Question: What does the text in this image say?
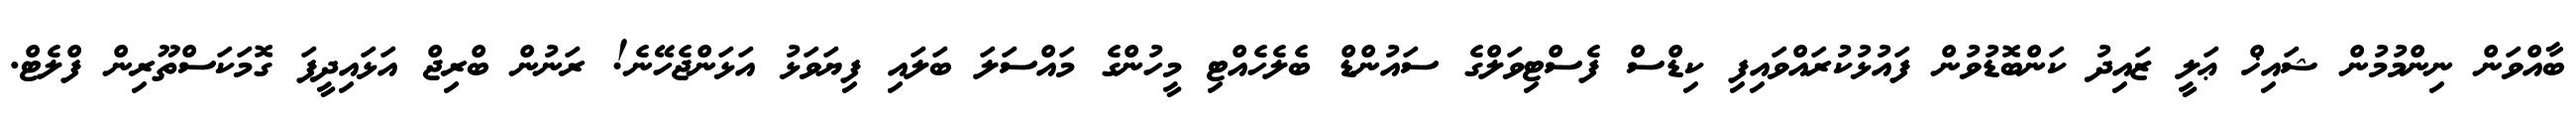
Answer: ބާއްވަން ނިންމުމުން ޝައިޚް ޢަލީ ޒައިދު ކަންބޮޑުވުން ފައުޅުކުރައްވައިފި ކިޑްސް ފެސްޓިވަލްގެ ސައުންޑް ބެލެހެއްޓި މީހުންގެ މައްސަލަ ބަލައި ފިޔަވަޅު އަޅަންޖެހޭނެ! ރަނުން ބްރިޖް އަޅައިދީފަ ގޮމަކަސްތޫރިން ފްލެޓް.